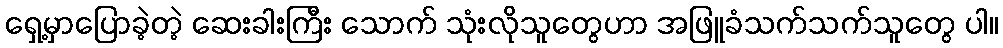
ရှေ့မှာပြောခဲ့တဲ့ ဆေးခါးကြီး သောက် သုံးလိုသူတွေဟာ အဖြူခံသက်သက်သူတွေ ပါ။